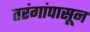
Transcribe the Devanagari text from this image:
तरंगांपासून